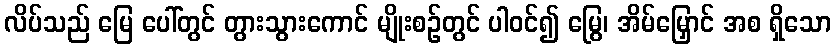
လိပ်သည် မြေ ပေါ်တွင် တွားသွားကောင် မျိုးစဉ်တွင် ပါဝင်၍ မြွေ၊ အိမ်မြှောင် အစ ရှိသော